Report on vaccination in Madras 1904-1921 - 1904-1921
Year: 1904
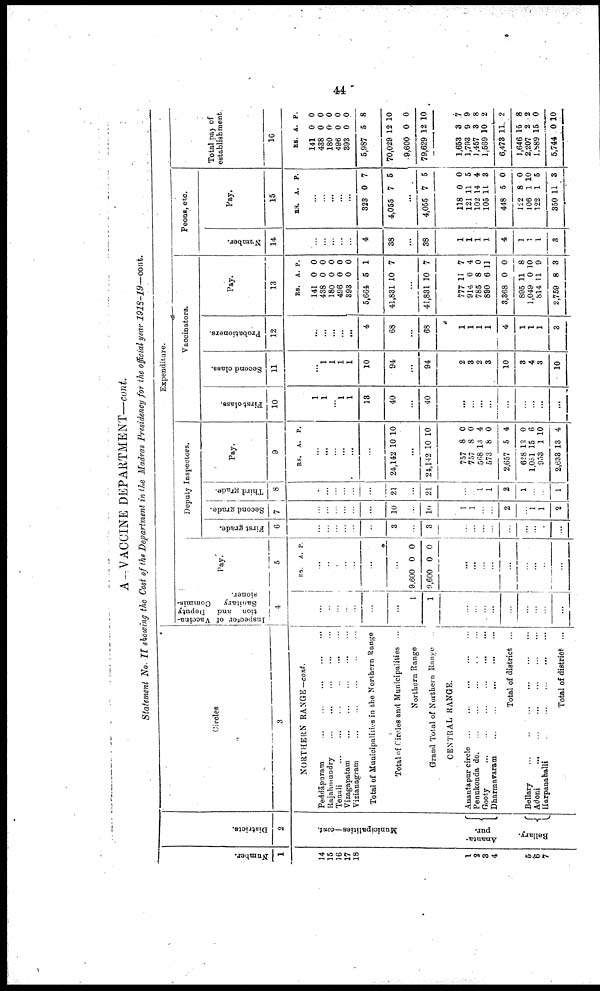
44
A—VACCINE DEPARTMENT—cont.
Statement No. II showing the Cost of the Department in the Madras Presidency for the official year 1918-19—cont.
Number.
1
14
15
16
17
18
1
2
3
4
5
6
7
Districts.
2
Municipalities—cont.
Ananta¬
pur.
Bellary.
Circles
3
NORTHERN RANGE—cont.
Peddāpuram
...
...
...
...
...
Rajahmundry ... ... ... ... ...
Tenali
...
...
...
...
...
...
Vizagapatam
...
...
...
...
...
Vizianagram
...
...
...
...
...
Total of Municipalities in the Northern Range
Total of Circles and Municipalities ...
Northern Range ...
Grand Total of Northern Range ...
CENTRAL RANGE.
Auantapur circle
...
...
...
...
...
Penukonda
do.
...
...
...
...
...
Gooty
...
...
...
...
...
...
Dharmararam
...
...
...
...
...
Total of district ...
Bellary
...
...
...
...
...
...
Adoni
... ... ... ... ... ...
Harpanahalli
...
...
...
...
...
Total of district ...
Expenditure.
Inspector of Vaccina
tion and Deputy
Sanitary
Commis
sioner.
4
...
...
...
...
...
...
...
1
1
...
...
...
...
...
...
...
...
...
Pay.
5
RS. A. P.
...
...
...
...
...
...
...
9,600
9,600
0
0
0
0
...
...
...
...
...
...
...
...
...
Deputy Inspectors.
First grade.
6
...
...
...
...
...
...
3
...
3
...
...
...
...
...
...
...
...
...
Second grade.
7
...
...
...
...
...
...
10
...
10
1
1
...
...
2
...
1
1
2
Third grade.
8
...
...
...
...
...
...
21
...
21
...
...
1
1
2
1
...
...
1
Pay.
9
RS. A. P.
...
...
...
...
...
...
24,142 10 10
...
24,142 10 10
757
757
568
573
2,657
628
1,051
953
2,633
8
8
13
8
5
12
15
1
13
0
0
4
0
4
0
6
10
4
Vaccinators.
First class.
10
1
1
...
1
1
13
40
...
40
...
...
...
...
...
...
...
...
...
Second class.
11
...
1
1
1
1
10
94
...
94
2
3
2
8
10
8
4
3
10
Probationers.
12
...
...
...
...
...
4
68
...
68
1
1
1
1
4
1
1
1
3
Pay.
13
RS.
141
438
180
496
393
5,664
41,831
A
0
0
0
0
0
5
10
P.
0
0
0
0
0
1
7
...
41,831 10 7
777
914
785
890
3,368
895
1,049
814
2,759
11
6
8
6
0
11
0
11
8
7
4
0
11
0
8
10
9
3
Peons, etc.
Number.
14
...
...
...
...
...
4
38
...
38
1
1
1
1
4
1
1
1
3
Pay.
15
RS. A. P.
...
...
...
...
...
323
4,055
0
7
7
6
...
4,055 7 5
118
121
102
105
448
122
106
122
350
0
11
14
11
5
8
1
1
11
0
5
4
3
0
0
10
5
3
Total pay of
establishment.
16
RS.
141
438
180
496
393
5,987
70,029
9,600
79,629
A.
0
0
0
0
0
5
12
0
12
P.
0
0
0
0
0
8
10
0
10
1,653
1,793
1,457
1,569
6,473
1,646
2,207
1,889
5,744
3
9
3
10
11
15
2
15
0
7
9
8
2
2
8
2
0
10